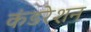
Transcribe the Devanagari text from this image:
कंडरेशन